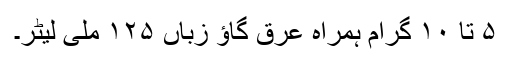
۵ تا ۱۰ گرام ہمراہ عرق گاؤ زباں ۱۲۵ ملی لیٹر۔